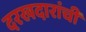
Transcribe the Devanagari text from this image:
दरखदारांची